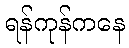
ရန်ကုန်ကနေ